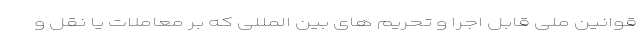
قوانین ملی قابل اجرا و تحریم های بین المللی که بر معاملات یا نقل و